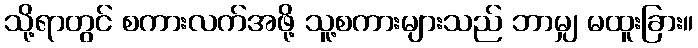
သို့ရာတွင် စကားလက်အဖို့ သူ့စကားများသည် ဘာမျှ မထူးခြား။